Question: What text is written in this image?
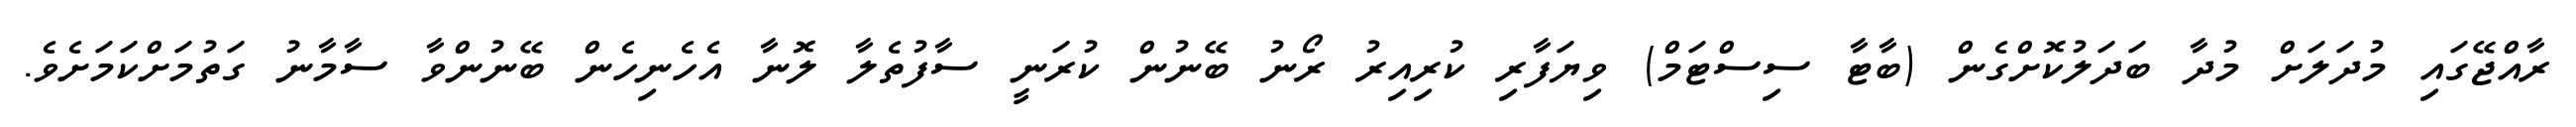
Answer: ރާއްޖޭގައި މުދަލަށް މުދާ ބަދަލުކޮށްގެން (ބާޓާ ސިސްޓަމް) ވިޔަފާރި ކުރިއިރު ރޯނު ބޭނުން ކުރަނީ ސާފުތެލާ ލޮނާ އެހެނިހެން ބޭނުންވާ ސާމާނު ގަތުމަށްކަމަށެވެ.